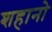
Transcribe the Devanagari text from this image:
शहानो